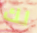
لك